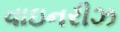
વાઇનરીઝ